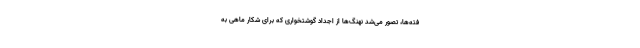
فته‌ها، تصور می‌شد نهنگ‌ها از اجداد گوشتخواری که برای شکار ماهی به